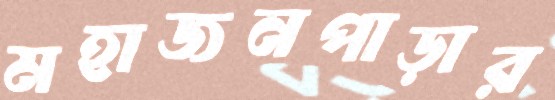
মহাজনপাড়ার